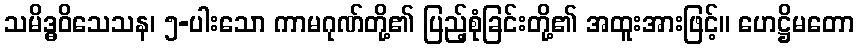
သမိဒ္ဓဝိသေသန၊ ၅-ပါးသော ကာမဂုဏ်တို့၏ ပြည့်စုံခြင်းတို့၏ အထူးအားဖြင့်။ ဟေဋ္ဌိမတော